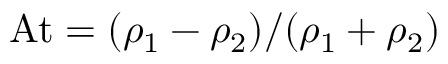
\mathrm { A t } = ( \rho _ { 1 } - \rho _ { 2 } ) / ( \rho _ { 1 } + \rho _ { 2 } )